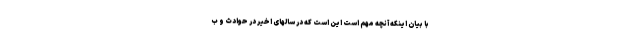
با بیان اینکه آنچه مهم است این است که در سالهای اخیر در حوادث و ب